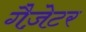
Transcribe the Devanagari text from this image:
गैज़ेटर